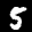
Label: 5